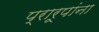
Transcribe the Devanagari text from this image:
प्रारूपांना